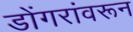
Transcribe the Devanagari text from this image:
डोंगरांवरून